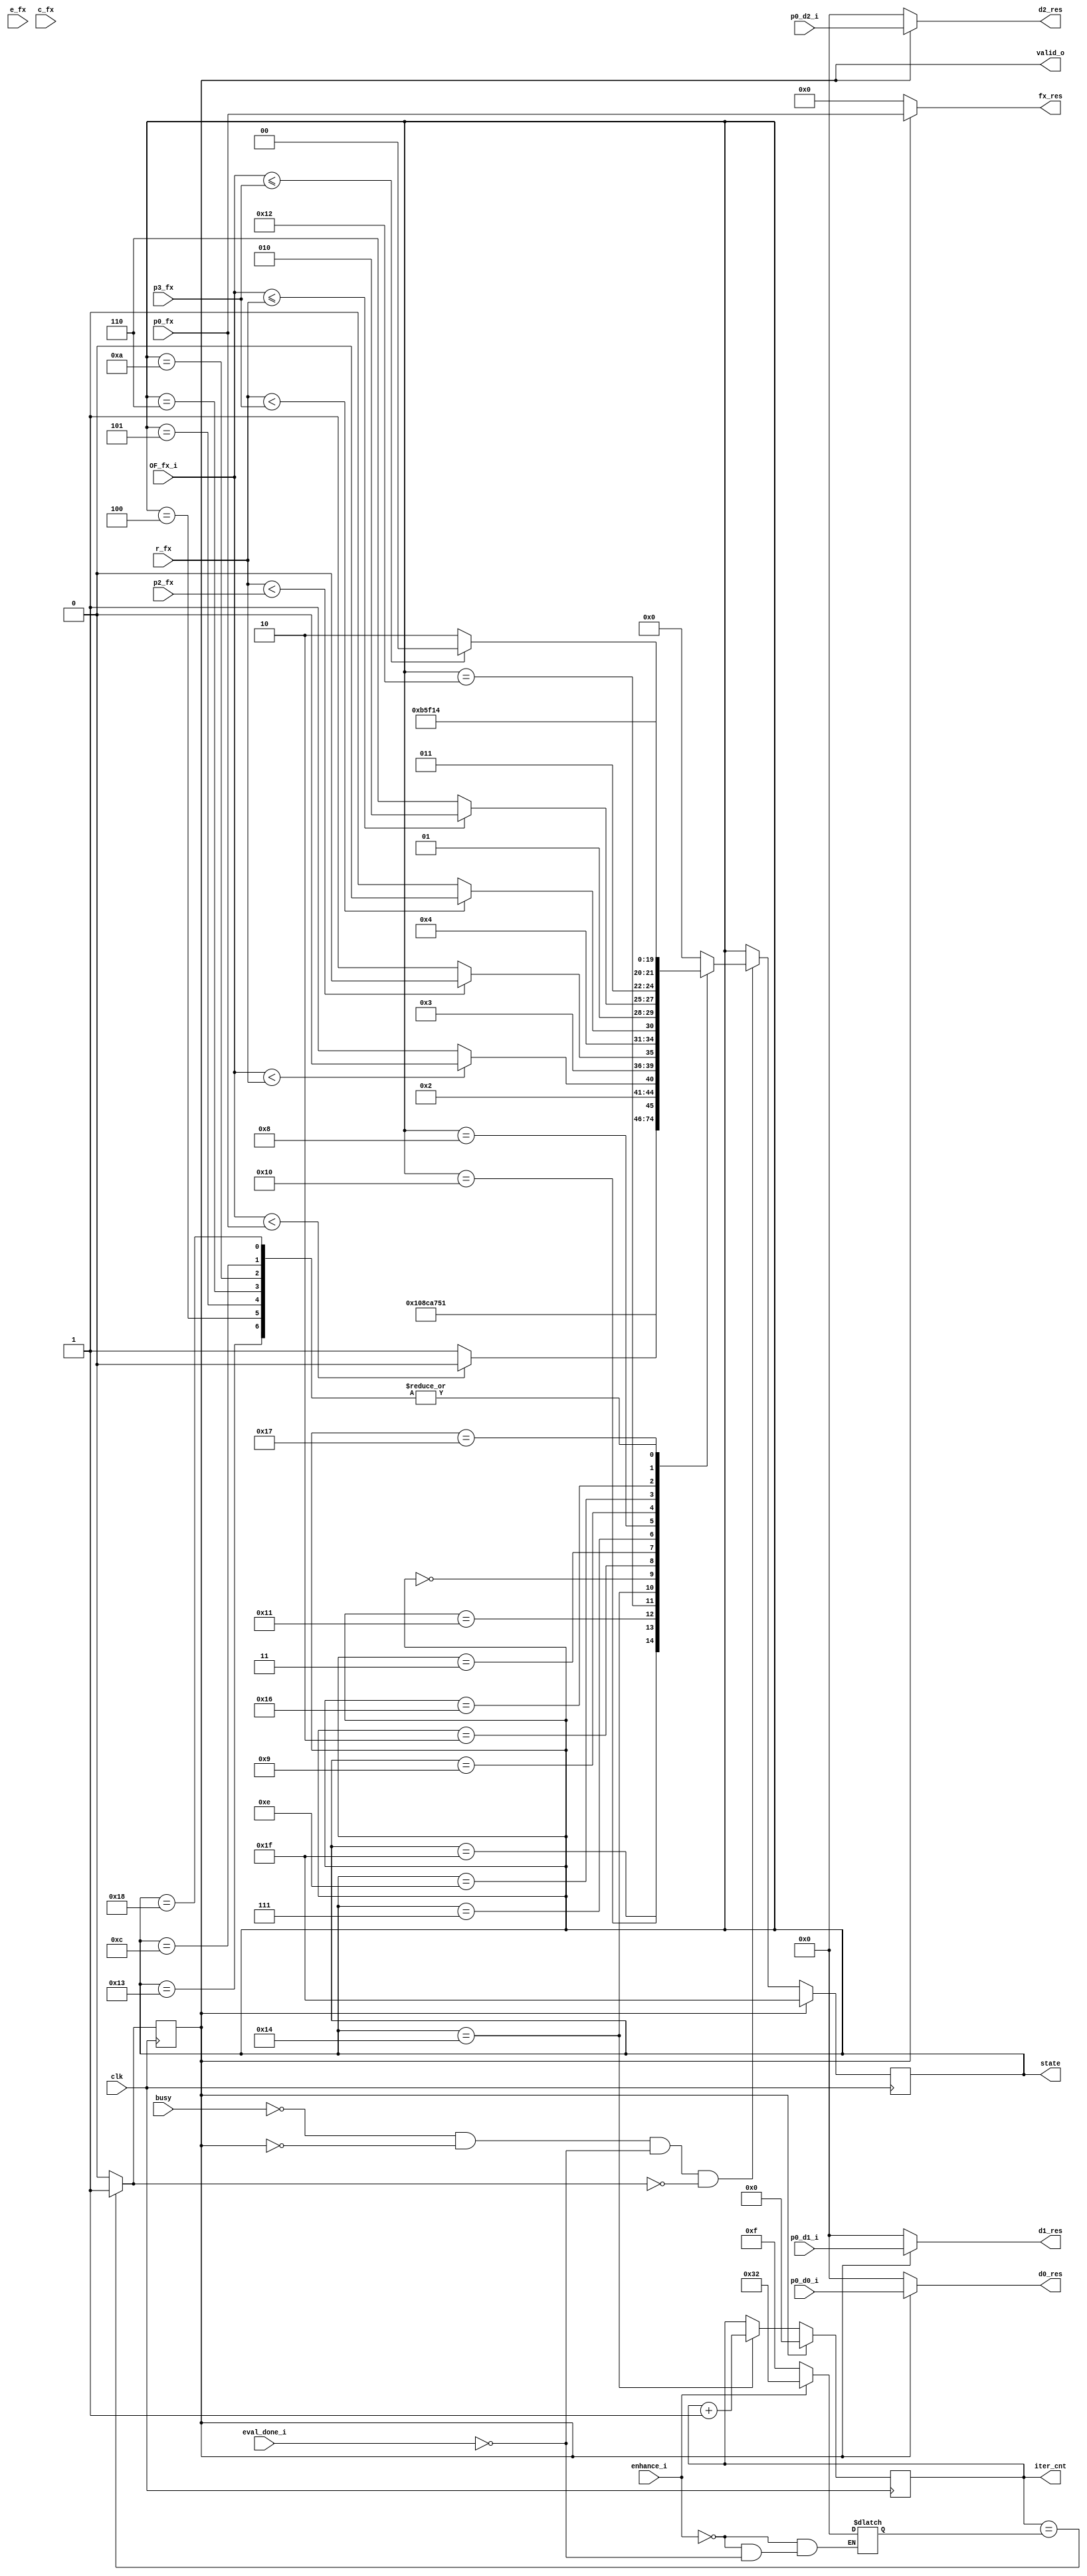
`timescale 1ns / 1ps

module nm
	#(parameter pd = 12, parameter p = 22)(
	input wire [pd+p-1:0] p0_d0_i, p0_d1_i, p0_d2_i,
	input wire [3+p-1:0] OF_fx_i, // 3Qp
	input wire [3+p-1:0] p0_fx, p2_fx, p3_fx, r_fx, e_fx, c_fx, // from machine, current fx vals.
	input wire busy, clk, enhance_i, eval_done_i,
    output reg [4:0] state,
	output wire [pd+p-1:0] d0_res, d1_res, d2_res,
	output wire [3+p-1:0] fx_res,
	//output wire valid_o,
	output reg valid_o,
	output reg [7:0] iter_cnt
	);
	
	wire valid;
	reg [4:0] nextstate; 
	initial state = 5'b11111; // initial state
	initial iter_cnt = 8'b0;
	
	localparam max_iters_std = 8'b00001111;
	localparam max_iters_enh = 8'b00110010;
	
	//wire [7:0] max_iters;
	//assign max_iters = (enhance_i) ? 8'b00110010 : 8'b00001111; // do 15 iterations if not enhance else 50
	reg [7:0] max_iters = max_iters_std;
	always @(enhance_i, eval_done_i) begin
		if (enhance_i) begin
			max_iters = max_iters_enh;
		end else if(eval_done_i) begin
			max_iters = max_iters_std;
		end else begin
			max_iters = max_iters;
		end
	end
	/*
	always @(*) begin
		$display("iter_cnt, %d", iter_cnt);
		$display("max_iters, %d", max_iters);
		$display("enhance_i, %d", enhance_i);
	end
	*/
	//reg [7:0] max_iters = 8'b00001111; //reg [7:0] max_iters = 8'b00110010;
	
	always @(posedge clk) begin
		if ((iter_cnt == max_iters)) begin
			valid_o <= 1'b1;
		end else begin
			valid_o <= 1'b0;
		end
	end
	// output is valid if we reach max_iters iterations
	assign valid = (iter_cnt == max_iters) ? 1'b1 : 1'b0;
	
	/*
	integer f;
	reg [15:0] cntr = 16'b0;
	initial begin
		f = $fopen("display_output_nm_v2_0.txt","w");
	end
	
	always @(OF_fx_i) begin
		$display("OF_fx_i: %b, p0_fx: %b, cntr: %d", OF_fx_i, p0_fx, cntr);
	end
	
	always @(posedge clk) begin
		$fwrite(f, "state: %b\n", state);
		$fwrite(f, "iter_cnt: %b\n", iter_cnt);
		$fwrite(f, "clk cycle %b \n\n", cntr);
		cntr = cntr + 1;
	end
	
	always @(cntr) begin
		$display("cntr: %b", cntr);
		if (cntr == 16'b11111111_11111111)
			$fclose(f);
	end
	*/
	// TODO compare p0_fx of current with last iteration. 
	
	
	always @(posedge clk) begin
		if (state == 5'b10100) begin // TODO fix this done v1. cnt when we finish an iteration
			iter_cnt = iter_cnt + 1;
		end else begin
			iter_cnt = iter_cnt;
		end
		
		// always block to update state (set nextstate/step)
		if (valid_o) begin
			state <= 5'b11111;
			iter_cnt <= 8'b0;
		end else begin
			state <= nextstate;
		end
	end
	
	
	/*
	always @(state, valid) begin
		if (state == 5'b00000) begin // TODO fix this done v1. cnt when we finish an iteration
			iter_cnt <= iter_cnt + 1;
		end else begin
			iter_cnt <= iter_cnt;
		end
		
		if (valid) begin
			iter_cnt <= 8'b0;
		end
	end
	*/
	/*
	always @(posedge clk) begin // always block to update state
		if (valid) begin
			state <= 5'b11111; // reset (on valid)
		end else begin
			state <= nextstate;
		end
	end
	*/
	
	//always @(busy) begin
	//	$display("BUSY: OF_fx_i: %b, cntr: %d \n", OF_fx_i, cntr);
	//end
	
	// Note: if there are problems with timings of when conditional expressions are evaluated add last changing signal to sensitivity list.
	always @(state or valid_o or busy or OF_fx_i or eval_done_i or valid) begin // always-block to decide nextstate
		if (~busy & ~valid_o & ~eval_done_i & ~valid) begin
			case(state) 
				// initial simplex + initial centroid
				5'b11111 : nextstate <= 5'b10000; // initial simplex
				5'b10000 : nextstate <= 5'b10001; // simplex p0.fx 
				5'b10001 : nextstate <= 5'b10010; // simplex p1.fx
				5'b10010 : nextstate <= 5'b10011; // simplex p2.fx
				5'b10011 : nextstate <= 5'b10100; // simplex p3.fx
				5'b10100 : nextstate <= 5'b10101; // sort simplex
				5'b10101 : nextstate <= 5'b00000; // update centroid (centroid has no fx)
				5'b00000 : begin // 5'b00000 start of transformations, update r
					if (OF_fx_i < p0_fx) begin
						nextstate <= 5'b00010; // state 2 update e
					end else begin
						nextstate <= 5'b00011; // state 3 r_fx => p0_fx
					end
				end
				5'b00010 : begin
					if (OF_fx_i < r_fx) begin
						nextstate <= 5'b00100; // state 4 expand
					end else begin
						nextstate <= 5'b00101; // state 5 reflect 1
					end
				end
				5'b00100 : nextstate <= 5'b10100; // state 13 Bottom of iteration(transform done) (Swap, centroid upd) TODO Done v1
				5'b00101 : nextstate <= 5'b10100; // state 13 transform done
				5'b00011 : begin
					if (r_fx < p2_fx) begin
						nextstate <= 5'b00110; // state 6 reflect 2
					end else begin
						nextstate <= 5'b00111; // state 7 r_fx => p2_fx
					end
				end
				5'b00110 : nextstate <= 5'b10100; // state 13 transform done
				5'b00111 : begin
					if (r_fx < p3_fx) begin
						//$display("r_fx: %b, p3_fx: %b", r_fx, p3_fx);
						nextstate <= 5'b01000; // state 8 update c (update c1)
					end else begin
						nextstate <= 5'b01001; // state 9 r_fx => p3_fx update c (update c2)
					end
				end
				5'b01000 : begin
					if (OF_fx_i <= r_fx) begin
						nextstate <= 5'b01010; // state 10 contract outside
					end else begin
						nextstate <= 5'b01110; // state 14 shrink TODO
					end
				end
				5'b01010 : nextstate <= 5'b10100; // state 13 transform done
				5'b01001 : begin
					if (OF_fx_i <= p3_fx) begin
						nextstate <= 5'b01100; // state 12 contract inside
					end else begin
						nextstate <= 5'b01110; // state 14 shrink TODO
					end
				end
				5'b01100 : nextstate <= 5'b10100; // state 13 transform done
				
				// shrink routine
				5'b01110 : nextstate <= 5'b10110; // assign shrunken values 
				5'b10110 : nextstate <= 5'b10111; // simplex p1.fx for shrunk values
				5'b10111 : nextstate <= 5'b11000; // simplex p2.fx for shrunk values
				5'b11000 : nextstate <= 5'b10100; // simplex p3.fx for shrunk values
				
				default : nextstate <= 5'b00000; // if nothing else restart transformations
				
			endcase
		end else begin
			nextstate <= state; // if still busy stay in same state.
		end
    end
	
	assign fx_res = valid_o ? p0_fx : {3+p{1'b0}};
	assign d0_res = valid_o ? p0_d0_i : {pd+p{1'b0}};
	assign d1_res = valid_o ? p0_d1_i : {pd+p{1'b0}};
	assign d2_res = valid_o ? p0_d2_i : {pd+p{1'b0}};
	
	//assign valid_o = valid;
	
endmodule